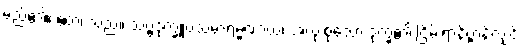
မည်၏။ ဧတံ၊ သည်။ သဗ္ဗဒုက္ခူပသမာရမ္မဏာယ၊ အလုံးစုံသော ဒုက္ခ၏ ငြိမ်းရာနိဗ္ဗာန်လျှင်